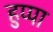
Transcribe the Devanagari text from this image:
हुप्पा